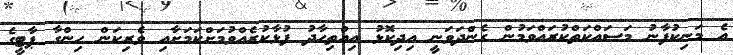
އެ މަނިކުފާނު މަސައްކަތްކުރައްވަމުން ގެންދަވަނީ އިދިކޮޅު އިއްތިހާދު ފުޅާކުރެއްވުމަށްކަމަށާއި ވެރިކަން ހިންގާ ޕާޓީގެ